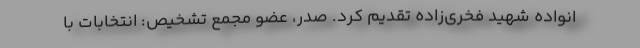
انواده شهید فخری‌زاده تقدیم کرد. صدر، عضو مجمع تشخیص‌: انتخابات‌ با